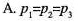
A. $$p _ { 1 } = p _ { 2 } = p _ { 3 }$$